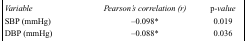
| Variable | Pearson’s correlation (r) | p-value |
 | --- | --- | --- |
 | SBP (mmHg) | –0.098* | 0.019 |
 | DBP (mmHg) | –0.088* | 0.036 |